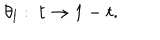
\theta _ { l } : \ t \rightarrow 1 - t .